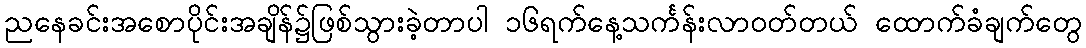
ညနေခင်းအစောပိုင်းအချိန်၌ဖြစ်သွားခဲ့တာပါ ၁၆ရက်နေ့သင်္ကန်းလာဝတ်တယ် ထောက်ခံချက်တွေ